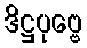
ဒိဋ္ဌပုဗ္ဗေ